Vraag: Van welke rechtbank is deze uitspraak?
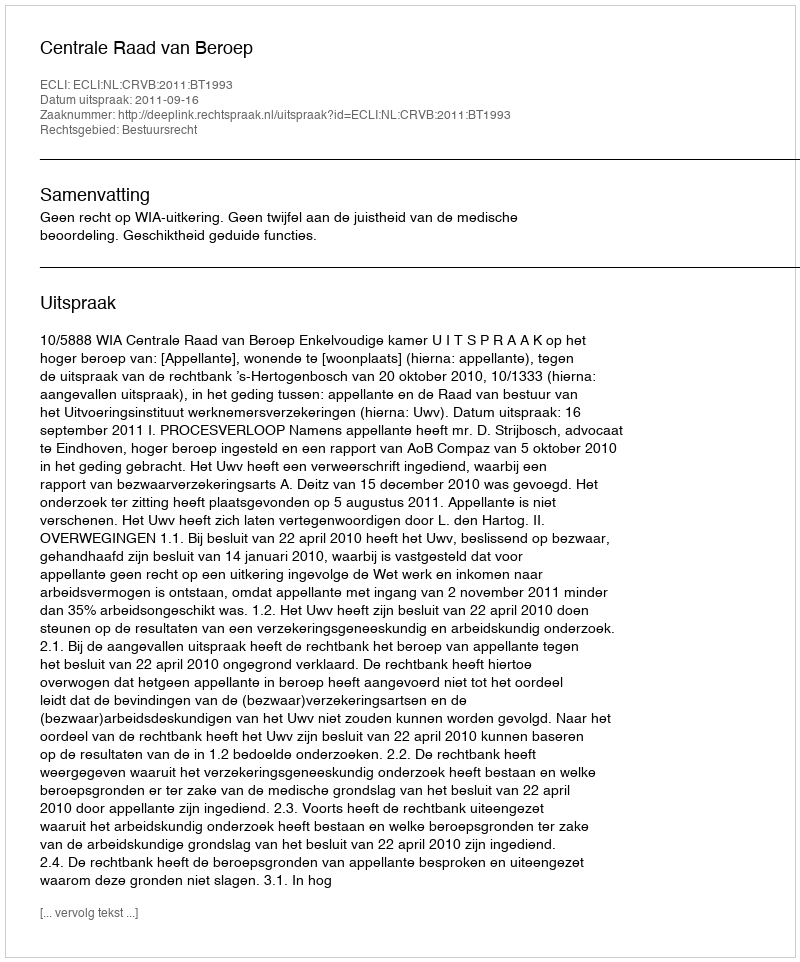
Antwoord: Centrale Raad van Beroep